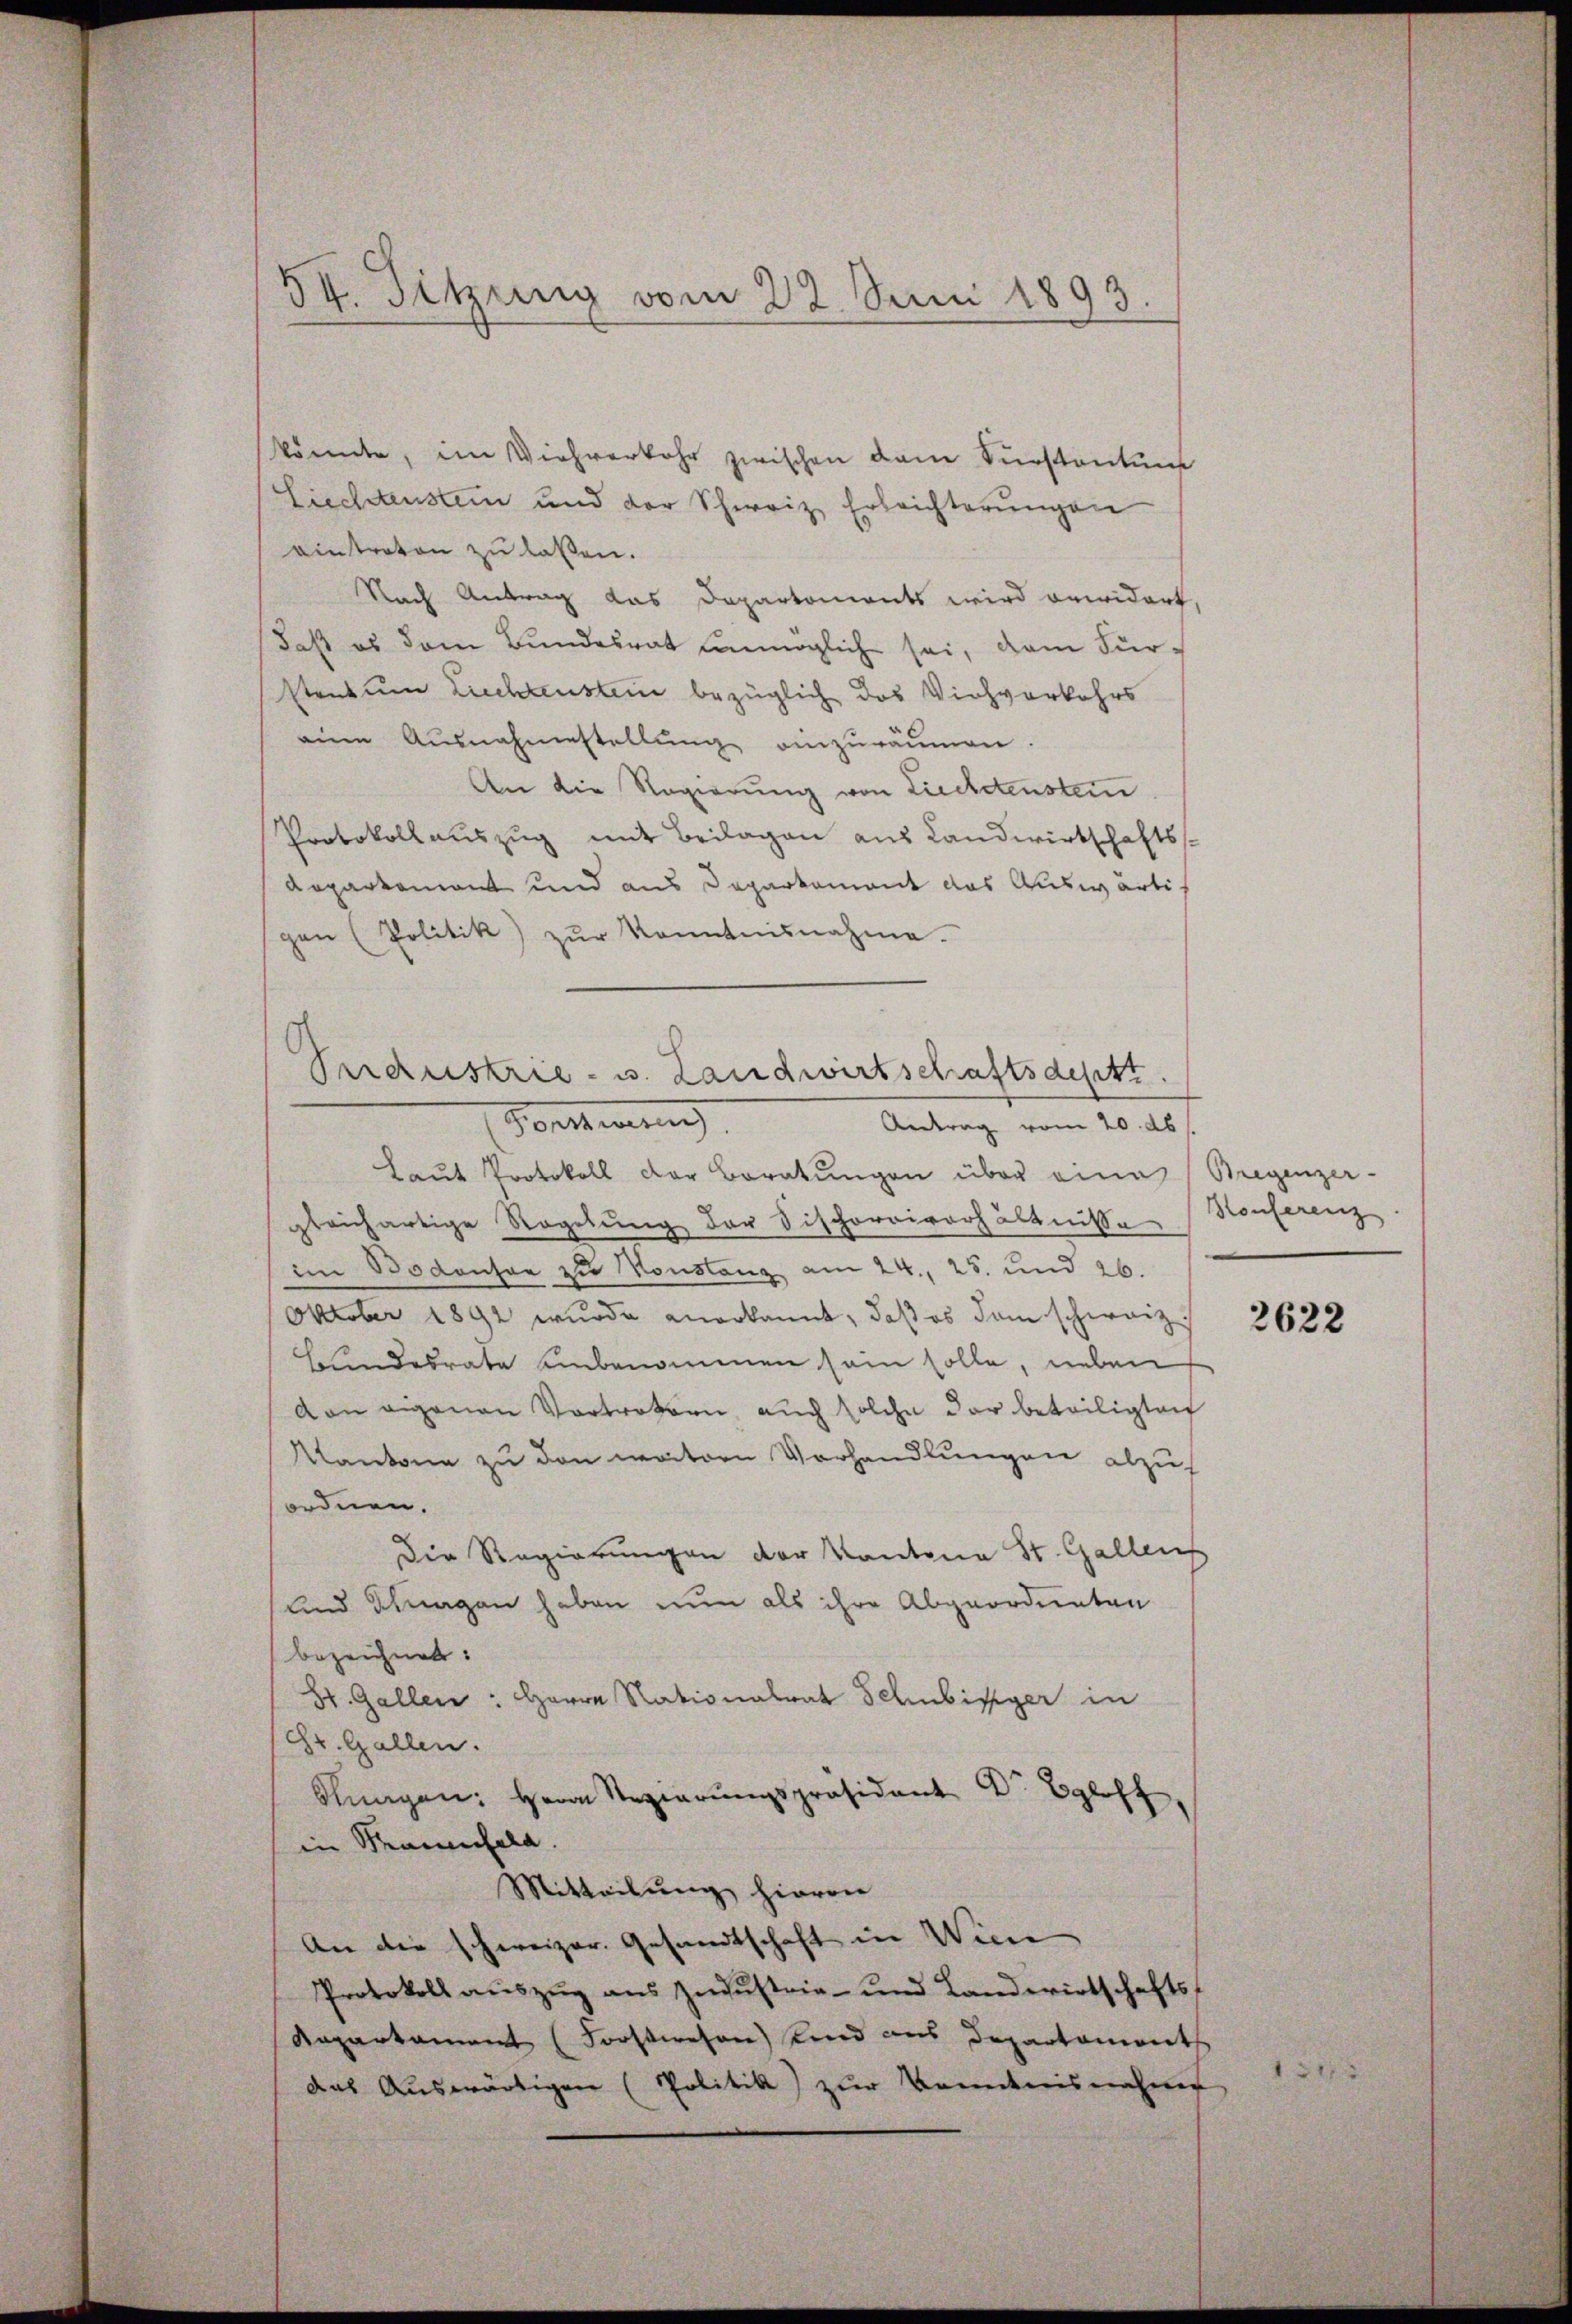
IX. Sitzung vom 22. Juni 1893

könnte, im Viehverkehr zwischen dem Fürstentum
Liechtenstein und der Schweiz Erleichterungen
eintreten zu laßen.
Nach Antrag das Departonients wird erwidert,
daß es dem Bundesrat unmöglich sei, dem Fürstentum Liechtenstein bezüglich das Viehverkehrs
eine Ausnahmestellŭng einzuräumen.
An die Regierung von Liechetenstan
Protokollauszug mit Beilagen aus Landwirtschafts¬
Repartement und aus Departement das Auswärti
gen (Politik) zŭr Kenntnisnahme.
Forstwing,
Antrag vom 20. ds
Laŭt Protokoll der Beratŭngen über eine Bregenzer-
gleichartige Regelung der Sischorriverhältnisse
im Bodensee zu Konstanz am 24. 25. und 26.
Oktober 1891 wurde anerkannt, daß es dem schweiz
Bundesrate unbenommen sein solle, neben
von eigenen Vortreten auch solche der beteiligten
Kantone zu den weitern Vorhandlungen abzuf
ordnen.
Die Regierungen der Kantone St. Gallenf
und Schungen haben nun als ihre Abgeordneten
bezeichnet:
St. Gallen: Herrn Nationalrat Schubiger in
(Dr. Gallen.
Bungen: Herrn Regierŭngspräsident Dr Egloff,
in Kaminfeld.
Mitteilung hievon
An die schweizer. Gesandtschaft in Wiene
Protokoll aŭszŭg ans Zŭdŭstria- und Landwirtschafts-
Kapartament (Forstwesen) Kind aus Departaments
das Auswärtigen (Politik zur Kenntnisnahmen

Perdustrie- u. Landwirtschaftsdestt

Konferenz

2622